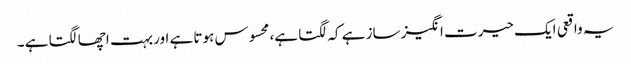
یہ واقعی ایک حیرت انگیز ساز ہے کہ لگتا ہے، محسوس ہوتا ہے اور بہت اچھا لگتا ہے ۔